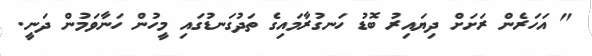
" އަހަރެން ރަށަށް ދިޔައިރު ބޮޑު ހަނގުރާމައިގެ ތަދުގަނޑުގައި މީހުން ހަނާވަމުން ދަނީ.